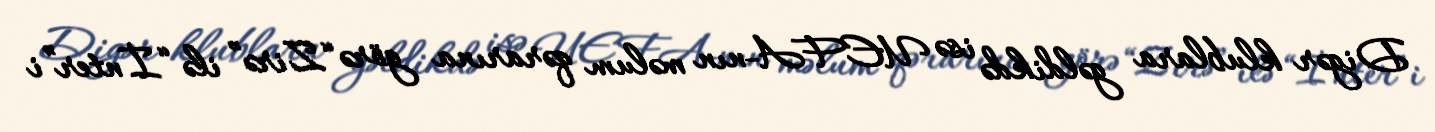
Digər klublara gəldikdə isə UEFA-nın məlum qərarına görə “Zirə” ilə “İnter”i